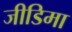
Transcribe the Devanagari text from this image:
जीडिमा